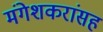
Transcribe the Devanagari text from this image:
मंगेशकरांसह